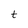
Character: t